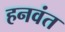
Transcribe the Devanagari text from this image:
हनवंत